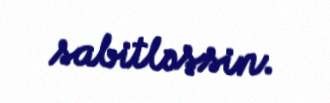
sabitləşsin.